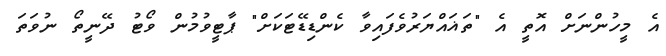
އެ މީހުންނަށް އޮތީ އެ "ތަޣައްޔަރުވެފައިވާ ކެންޑިޑޭޓަކަށް" ޕާޓީވުމުން ވޯޓު ދޭނީތޯ ނުވަތަ